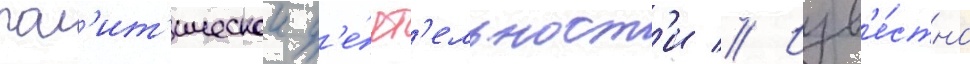
пол'ит'ическои д'е́ят'ельност'и // Изв'е́стно